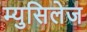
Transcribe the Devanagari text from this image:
म्युसिलेज